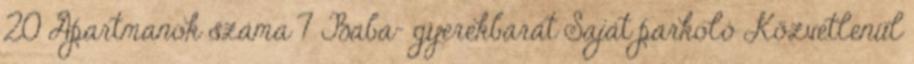
20 Apartmanok száma 7 Baba- gyerekbarát Saját parkoló Közvetlenül